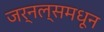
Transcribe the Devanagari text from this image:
जर्नल्समधून